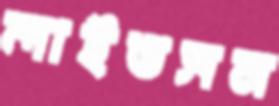
লাইডসন